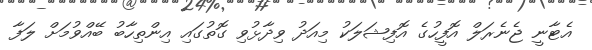
އެޓާނީ ޖެނެރަލް އޮފީހުގެ އޮފިޝަލަކު މިއަދު ވިދާޅުވި ގޮތުގައި އިންތިހާބު ބޭއްވުމަށް ލަފާ